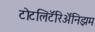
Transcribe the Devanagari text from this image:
टोटलिटॅरिॲनिझम